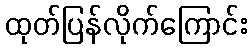
ထုတ်ပြန်လိုက်ကြောင်း